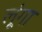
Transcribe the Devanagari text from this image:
लूूंगा